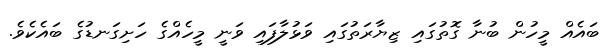
ބައެއް މީހުން ބުނާ ގޮތުގައި ޒިޔާރަތުގައި ވަޅުލާފައި ވަނީ މީހެއްގެ ހަށިގަނޑުގެ ބައެކެވެ.